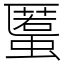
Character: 𧏾